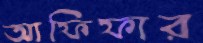
আফিফার